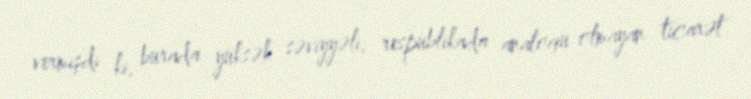
vermişdi ki, burada yüksək səviyyəli, respublikada analoqu olmayan ticarət